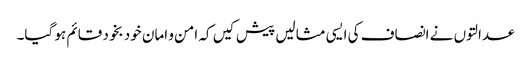
عدالتوں نے انصاف کی ایسی مثالیں پیش کیں کہ امن و امان خود بخود قائم ہو گیا۔